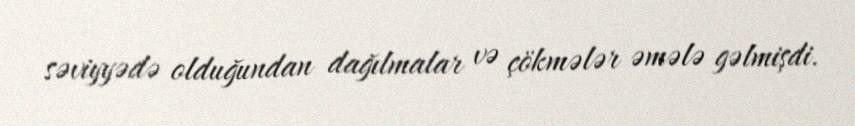
səviyyədə olduğundan dağılmalar və çökmələr əmələ gəlmişdi.